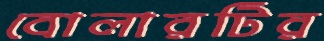
বোলারটির